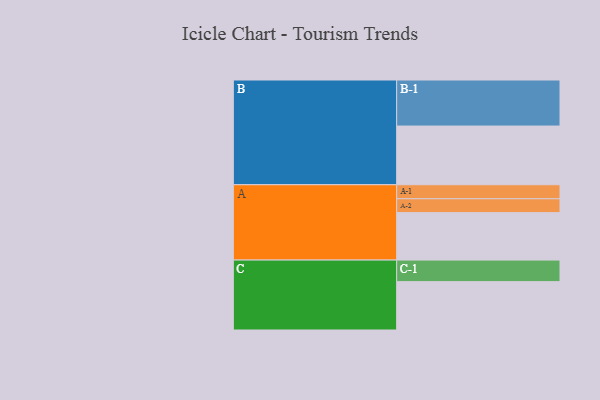
{"axis": {"x": "Segment", "y": "Value"}, "legend": ["", "A", "B", "C"], "data": [{"x": "A", "y": 308, "type": ""}, {"x": "B", "y": 381, "type": ""}, {"x": "C", "y": 314, "type": ""}, {"x": "A-1", "y": 91, "type": "A"}, {"x": "A-2", "y": 90, "type": "A"}, {"x": "B-1", "y": 299, "type": "B"}, {"x": "C-1", "y": 140, "type": "C"}]}